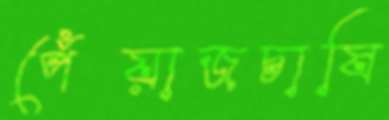
পেঁয়াজচাষি